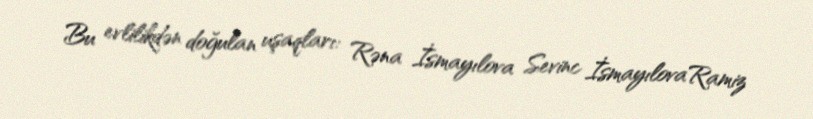
Bu evlilikdən doğulan uşaqları: Rəna İsmayılova Sevinc İsmayılovaRamiz